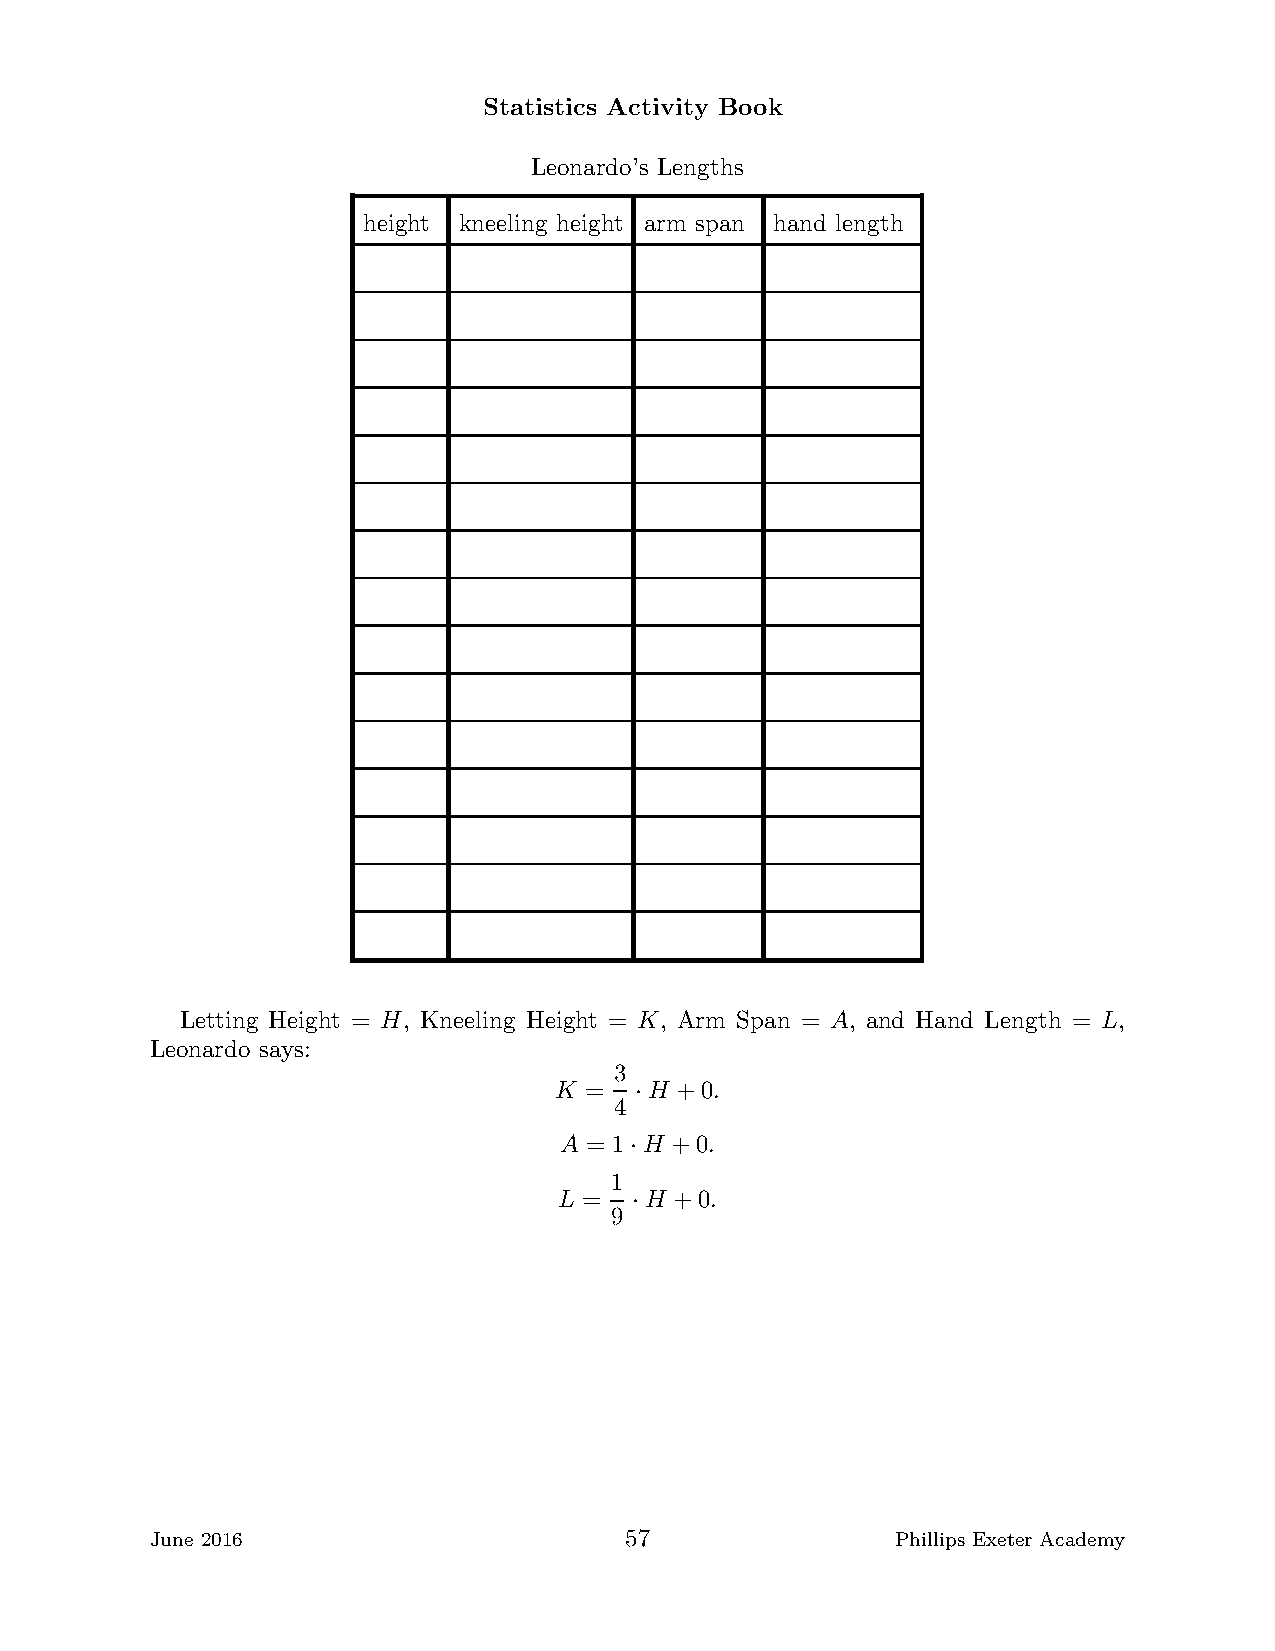
Statistics Activity Book
 Leonardo’s Lengths
 height kneeling height arm span hand length
 Letting Height = H, Kneeling Height = K, Arm Span = A, and Hand Length = L,
 Leonardo says:
 3
 K =   H +0.
 4 ·
 A = 1 H +0.
 ·
 1
 L =   H +0.
 9 ·
 June 2016                      57                Phillips Exeter Academy